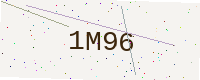
Text: 1M96